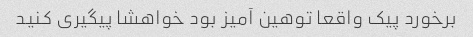
برخورد پیک واقعا توهین آمیز بود خواهشا پیگیری کنید